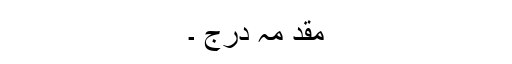
مقد مہ درج ۔